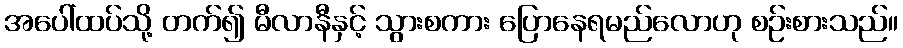
အပေါ်ထပ်သို့ တက်၍ မီလာနီနှင့် သွားစကား ပြောနေရမည်လောဟု စဉ်းစားသည်။